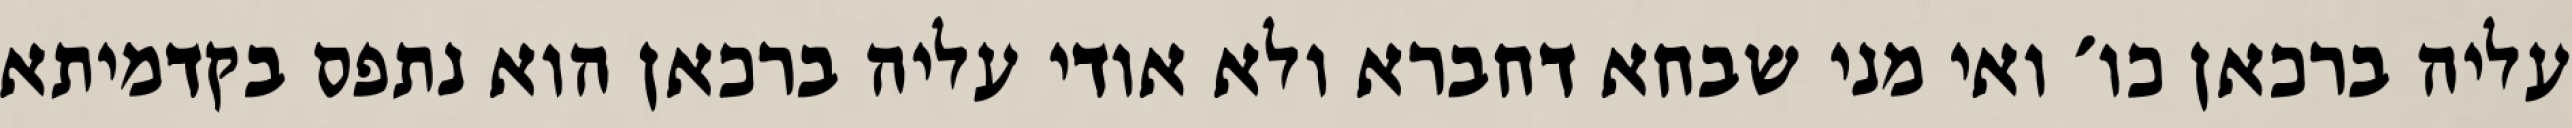
עליה ברכאן כו׳ ואי מני שבחא דחברא ולא אודי עליה ברכאן הוא נתפס בקדמיתא